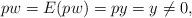
LaTeX: \begin{align*}pw=E(pw)=py=y\ne 0,\end{align*}